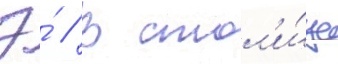
Э́ // В стол'и́це